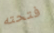
فتحته